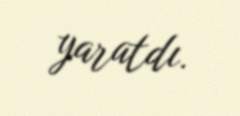
yaratdı.